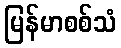
မြန်မာစစ်သံ